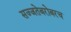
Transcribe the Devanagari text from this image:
सज्जतेबरोबरच